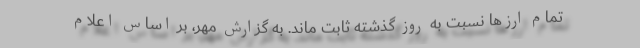
تمام ارزها نسبت به روز گذشته ثابت ماند. به گزارش مهر، بر اساس اعلام